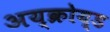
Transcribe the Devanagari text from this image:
अय्क्रोय्ड